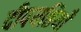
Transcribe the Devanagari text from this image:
दीपयष्ठियाँ